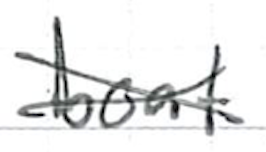
Text: boat
Cross-out: cross
Writing tool: ballpoint